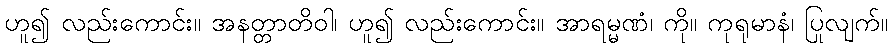
ဟူ၍ လည်းကောင်း။ အနတ္တာတိဝါ၊ ဟူ၍ လည်းကောင်း။ အာရမ္မဏံ၊ ကို။ ကုရုမာနံ၊ ပြုလျက်။